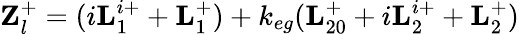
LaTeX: \textbf{Z}_{l}^{+}=(i\textbf{L}_{1}^{i+}+\textbf{L}_{1}^{+})+k_{eg}(\textbf{L}_{20}^{+}+i\textbf{L}_{2}^{i+}+\textbf{L}_{2}^{+})